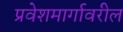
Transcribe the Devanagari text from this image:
प्रवेशमार्गावरील